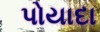
પોયાદા